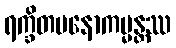
ရက္ခိတမနောကမ္မန္တဿ